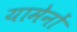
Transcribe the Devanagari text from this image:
यामेनों